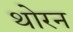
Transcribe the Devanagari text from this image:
थोरन